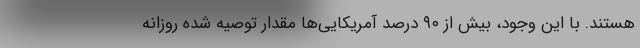
هستند. با این وجود، بیش از ۹۰ درصد آمریکایی‌ها مقدار توصیه شده روزانه